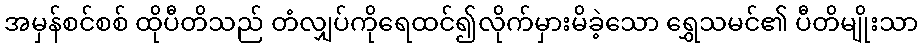
အမှန်စင်စစ် ထိုပီတိသည် တံလျှပ်ကိုရေထင်၍လိုက်မှားမိခဲ့သော ရွှေသမင်၏ ပီတိမျိုးသာ